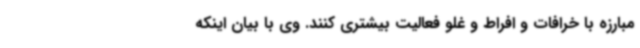
مبارزه با خرافات و افراط و غلو فعالیت بیشتری کنند. وی با بیان اینکه